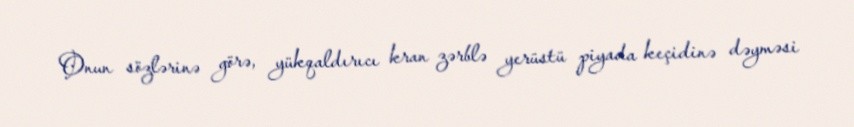
Onun sözlərinə görə, yükqaldırıcı kran zərblə yerüstü piyada keçidinə dəyməsi